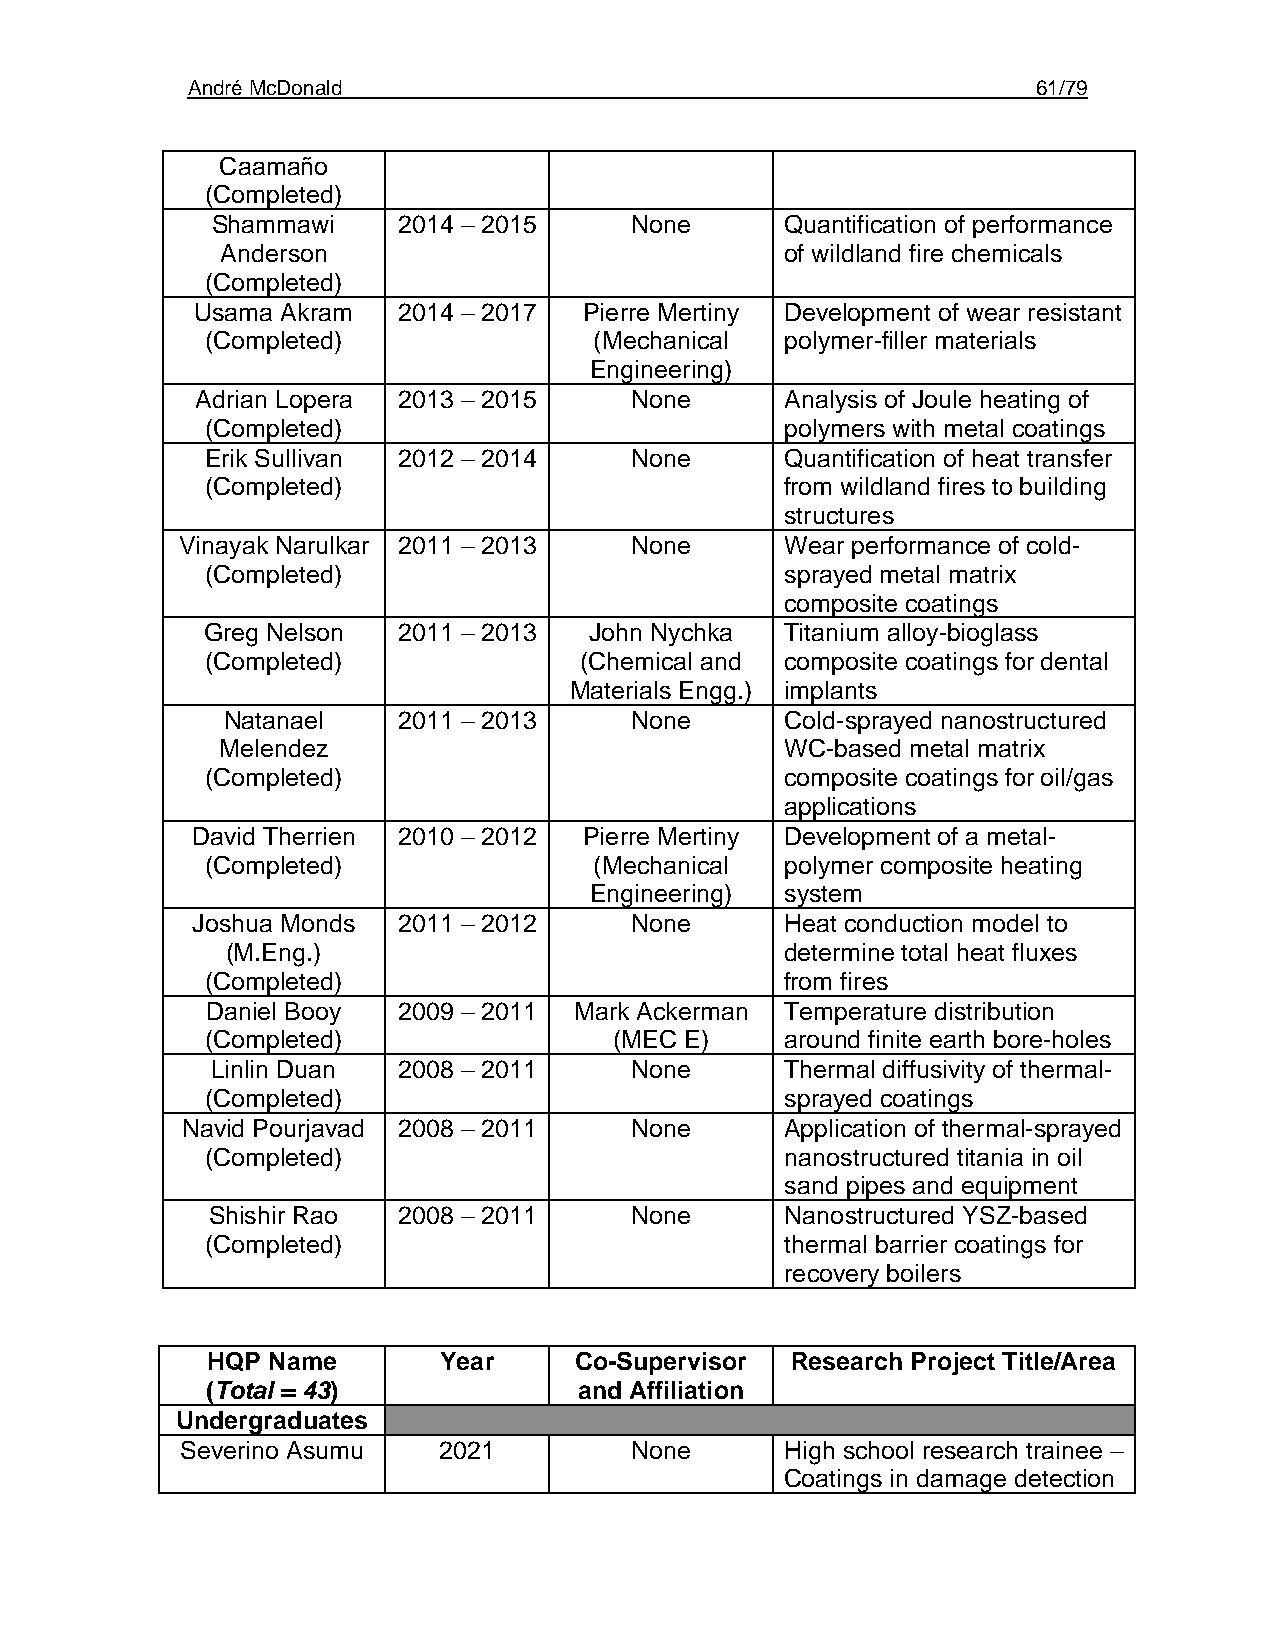
André McDonald                                           61/79
 Caamaño
 (Completed)
 Shammawi    2014 – 2015     None      Quantification of performance
 Anderson                             of wildland fire chemicals
 (Completed)
 Usama Akram  2014 – 2017  Pierre Mertiny Development of wear resistant
 (Completed)              (Mechanical  polymer-filler materials
 Engineering)
 Adrian Lopera 2013 – 2015    None      Analysis of Joule heating of
 (Completed)                           polymers with metal coatings
 Erik Sullivan 2012 – 2014   None      Quantification of heat transfer
 (Completed)                           from wildland fires to building
 structures
 Vinayak Narulkar 2011 – 2013  None      Wear performance of cold-
 (Completed)                           sprayed metal matrix
 composite coatings
 Greg Nelson  2011 – 2013  John Nychka  Titanium alloy-bioglass
 (Completed)             (Chemical and composite coatings for dental
 Materials Engg.) implants
 Natanael   2011 – 2013     None      Cold-sprayed nanostructured
 Melendez                             WC-based metal matrix
 (Completed)                           composite coatings for oil/gas
 applications
 David Therrien 2010 – 2012 Pierre Mertiny Development of a metal-
 (Completed)              (Mechanical  polymer composite heating
 Engineering) system
 Joshua Monds 2011 – 2012     None      Heat conduction model to
 (M.Eng.)                             determine total heat fluxes
 (Completed)                           from fires
 Daniel Booy 2009 – 2011 Mark Ackerman Temperature distribution
 (Completed)                (MEC E)    around finite earth bore-holes
 Linlin Duan 2008 – 2011     None      Thermal diffusivity of thermal-
 (Completed)                           sprayed coatings
 Navid Pourjavad 2008 – 2011   None      Application of thermal-sprayed
 (Completed)                           nanostructured titania in oil
 sand pipes and equipment
 Shishir Rao 2008 – 2011     None      Nanostructured YSZ-based
 (Completed)                           thermal barrier coatings for
 recovery boilers
 HQP Name       Year     Co-Supervisor Research Project Title/Area
 (Total = 43)            and Affiliation
 Undergraduates
 Severino Asumu   2021         None      High school research trainee –
 Coatings in damage detection